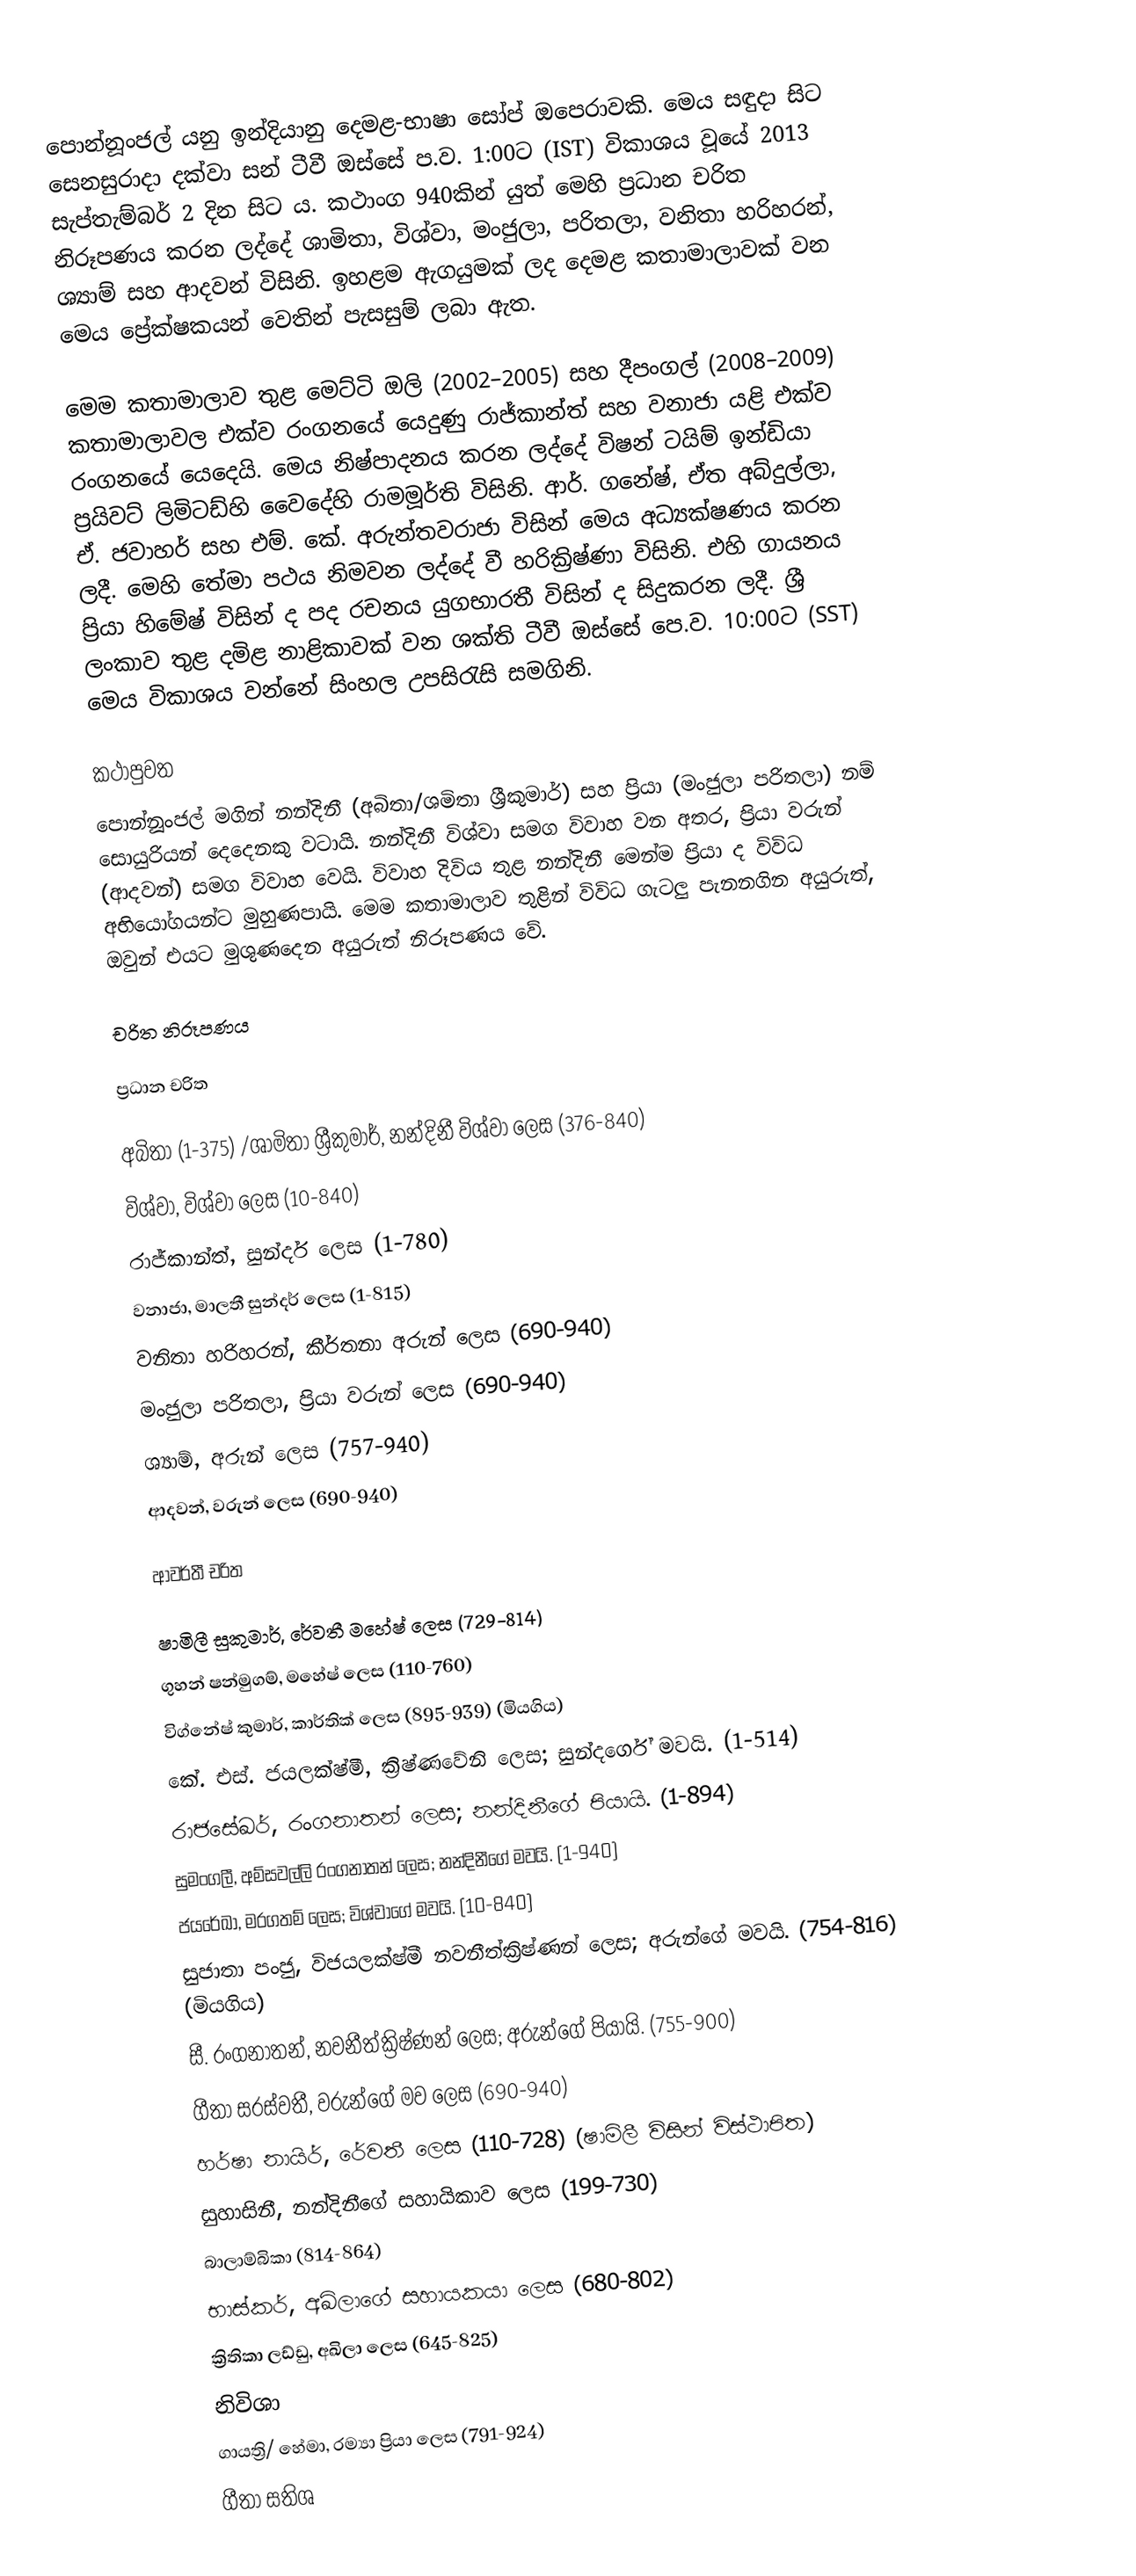
පොන්නූංජල් යනු ඉන්දියානු දෙමළ-භාෂා සෝප් ඔපෙරාවකි. මෙය සඳුදා සිට සෙනසුරාදා දක්වා සන් ටීවී ඔස්සේ ප.ව. 1:00ට (IST) විකාශය වූයේ 2013 සැප්තැම්බර් 2 දින සිට ය. කථාංග 940කින් යුත් මෙහි ප්‍රධාන චරිත නිරූපණය කරන ලද්දේ ශාමිතා, විශ්වා, මංජුලා, පරිතලා, වනිතා හරිහරන්, ශ්‍යාම් සහ ආදවන් විසිනි. ඉහළම ඇගයුමක් ලද දෙමළ කතාමාලාවක් වන මෙය ප්‍රේක්ෂකයන් වෙතින් පැසසුම් ලබා ඇත.

මෙම කතාමාලාව තුළ මෙට්ටි ඔලි (2002–2005) සහ දීපංගල් (2008–2009) කතාමාලාවල එක්ව රංගනයේ යෙදුණු රාජ්කාන්ත් සහ වනාජා යළි එක්ව රංගනයේ යෙදෙයි. මෙය නිෂ්පාදනය කරන ලද්දේ විෂන් ටයිම් ඉන්ඩියා ප්‍රයිවට් ලිමිටඩ්හි වෛදේහි රාමමූර්ති විසිනි. ආර්. ගනේෂ්, ඒත අබ්දුල්ලා, ඒ. ජවාහර් සහ එම්. කේ. අරුන්තවරාජා විසින් මෙය අධ්‍යක්ෂණය කරන ලදී. මෙහි තේමා පථය නිමවන ලද්දේ වී හරික්‍රිෂ්ණා විසිනි. එහි ගායනය ප්‍රියා හිමේෂ් විසින් ද පද රචනය යුගභාරතී විසින් ද සිදුකරන ලදී. ශ්‍රී ලංකාව තුළ දමිළ නාළිකාවක් වන ශක්ති ටීවී ඔස්සේ පෙ.ව. 10:00ට (SST) මෙය විකාශය වන්නේ සිංහල උපසිරැසි සමගිනි.

කථාපුවත
පොන්නූංජල් මගින් නන්දිනී (අබිතා/ශමිතා ශ්‍රීකුමාර්) සහ ප්‍රියා (මංජුලා පරිතලා) නම් සොයුරියන් දෙදෙනකු වටායි. නන්දිනී විශ්වා සමග විවාහ වන අතර, ප්‍රියා වරුන් (ආදවන්) සමග විවාහ වෙයි. විවාහ දිවිය තුළ නන්දිනී මෙන්ම ප්‍රියා ද විවිධ අභියෝගයන්ට මුහුණපායි. මෙම කතාමාලාව තුළින් විවිධ ගැටලු පැනනගින අයුරුත්, ඔවුන් එයට මුශුණදෙන අයුරුත් නිරූපණය වේ.

චරිත නිරූපණය

ප්‍රධාන චරිත

 අබිතා (1-375) /ශාමිතා ශ්‍රීකුමාර්, නන්දිනී විශ්වා ලෙස (376-840)
 විශ්වා, විශ්වා ලෙස (10-840)
 රාජ්කාන්ත්, සුන්දර් ලෙස (1-780)
 වනාජා, මාලතී සුන්දර් ලෙස (1-815)
 වනිතා හරිහරන්, කීර්තනා අරුන් ලෙස (690-940)
 මංජුලා පරිතලා, ප්‍රියා වරුන් ලෙස (690-940)
 ශ්‍යාම්, අරුන් ලෙස (757-940)
 ආදවන්, වරුන් ලෙස (690-940)

ආවර්තී චරිත

 ෂාමිලී සුකුමාර්, රේවතී මහේෂ් ලෙස (729-814)
 ගුහන් ෂන්මුගම්, මහේෂ් ලෙස (110-760)
 විග්නේෂ් කුමාර්, කාර්තික් ලෙස (895-939) (මියගිය)
 කේ. එස්. ජයලක්ෂ්මී, ක්‍රිෂ්ණවේනි ලෙස; සුන්දර්ගේ මවයි. (1-514)
 රාජසේඛර්, රංගනාතන් ලෙස; නන්දිනීගේ පියායි. (1-894)
 සුමංගලී, අම්සවල්ලි රංගනාතන් ලෙස; නන්දිනීගේ මවයි. (1-940)
 ජයරේඛා, මරගතම් ලෙස; විශ්වාගේ මවයි. (10-840)
 සුජාතා පංජු, විජයලක්ෂ්මී නවනීත්ක්‍රිෂ්ණන් ලෙස; අරුන්ගේ මවයි. (754-816) (මියගිය)
 සී. රංගනාතන්, නවනීත්ක්‍රිෂ්ණන් ලෙස; අරුන්ගේ පියායි. (755-900)
 ගීතා සරස්වතී, වරුන්ගේ මව ලෙස (690-940)
 හර්ෂා නායිර්, රේවතී ලෙස (110-728) (ෂාමිලී විසින් විස්ථාපිත)
 සුහාසිනී, නන්දිනීගේ සහායිකාව ලෙස (199-730)
 බාලාම්බිකා (814-864)
 භාස්කර්, අඛිලාගේ සහායකයා ලෙස (680-802)
 ක්‍රිතිකා ලඩ්ඩු, අඛිලා ලෙස (645-825)
 නිවිශා
 ගායත්‍රි/ හේමා, රම්‍යා ප්‍රියා ලෙස (791-924)
 ගීතා සතිශ